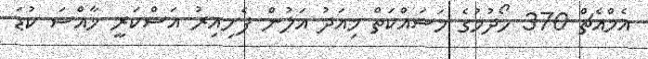
އެމްއެޗް 370 ހޯދުމުގެ މަސައްކަތް މިއަދު އަލުން ފެށިއިރު އަސްކަރީ ޚާއްސަ ކުޑަ